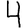
Digit: 4